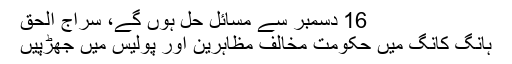
16 دسمبر سے مسائل حل ہوں گے، سراج الحق
ہانگ کانگ میں حکومت مخالف مظاہرین اور پولیس میں جھڑپیں